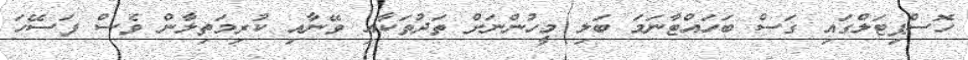
ހޮސްޕިޓަލްގައި ގަސް ބަހައްޓާނަމަ ބަލި މީހުންނަށް ތަދުތަކާއި ވޭނާއި ކުރިމަތިލާން ވެސް ފަސޭހަ